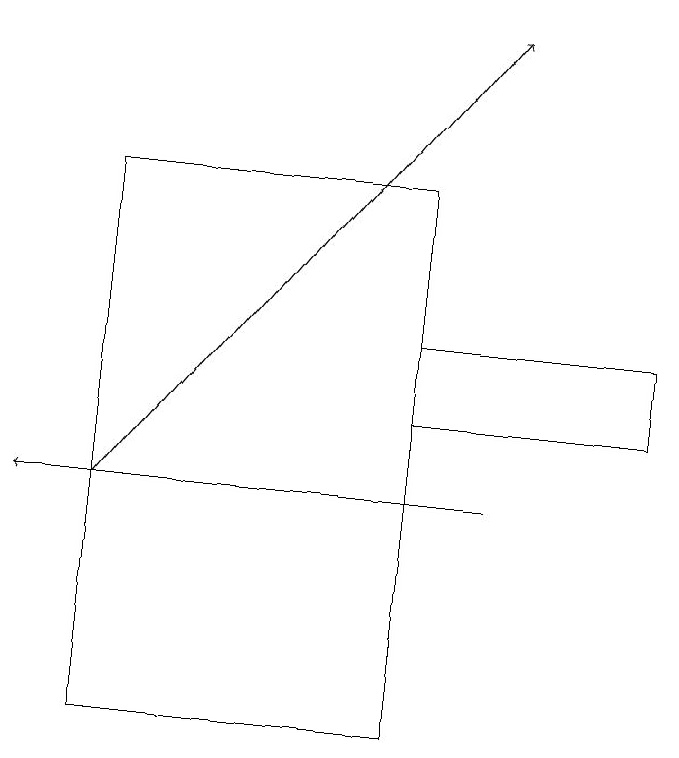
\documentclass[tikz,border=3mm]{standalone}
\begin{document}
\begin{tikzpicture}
\draw (1,10) rectangle (5,17);
\draw (5,14) rectangle (8,15);
\draw[->] (6,13) -- (0,13);
\draw[->] (1,13) -- (6,19);
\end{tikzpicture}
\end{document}